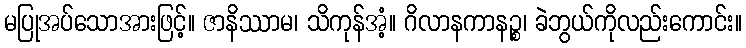
မပြုအပ်သောအားဖြင့်။ ဇာနိဿာမ၊ သိကုန်အံ့။ ဂိလာနကာနဉ္စ၊ ခဲဘွယ်ကိုလည်းကောင်း။